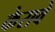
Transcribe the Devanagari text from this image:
केरावे